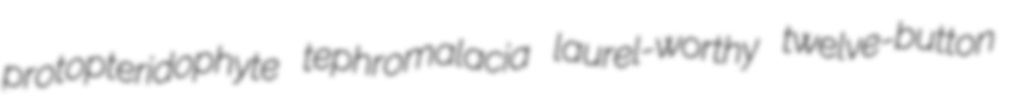
protopteridophyte tephromalacia laurel-worthy twelve-button